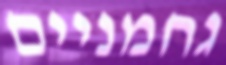
גחמניים